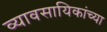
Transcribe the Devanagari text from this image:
व्यावसायिकांच्या